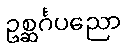
ဥစ္ဆင်္ဂပညော